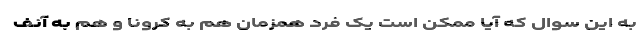
به این سوال که آیا ممکن است یک فرد همزمان هم به کرونا و هم به آنف